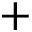
+